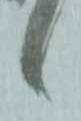
候